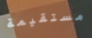
مستقيمة